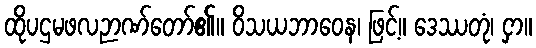
ထိုပဌမဖလဉာဏ်တော်၏။ ဝိသယဘာဝေန၊ ဖြင့်။ ဒေဿတုံ၊ ငှာ။